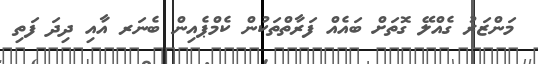
މަންޒަރު ގެއްލޭ ގޮތަށް ބައެއް ފަރާތްތަކުން ކެމްޕެއިން ބެނަރ އާއި ދިދަ ފަތި